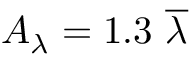
A _ { \lambda } = 1 . 3 \ \overline { { \lambda } }